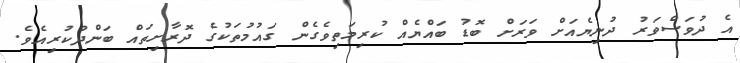
އެ ދުވަސްވަރު ދުނިޔެއަށް ވަރަށް ބޮޑު ބައްޔެއް ކުރިމަތިވެގެން ގައުމުތަކުގެ ދޮރާށިތައް ބަންދުކުރިއެވެ.